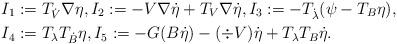
LaTeX: \begin{align*}&I_1:=T_{\dot V}\nabla\eta,I_2:=-V\nabla\dot\eta+T_V\nabla\dot\eta,I_3:=-T_{\dot\lambda}(\psi-T_B\eta),\\& I_4:=T_{\lambda}T_{\dot B}\eta,I_5:=-G(B\dot\eta)-(\div V)\dot\eta+T_{\lambda}T_B\dot\eta.\end{align*}